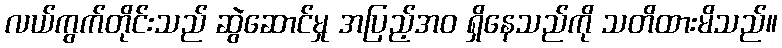
လယ်ကွက်တိုင်းသည် ဆွဲဆောင်မှု အပြည့်အဝ ရှိနေသည်ကို သတိထားမိသည်။